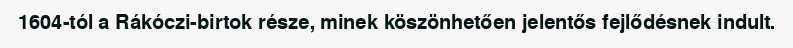
1604-tól a Rákóczi-birtok része, minek köszönhetően jelentős fejlődésnek indult.